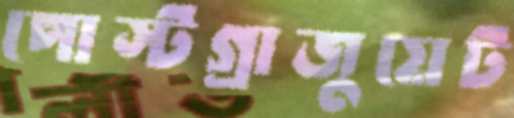
পোস্টগ্রাজুয়েট